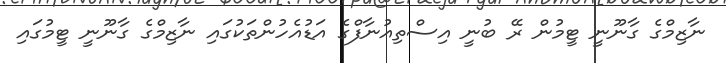
ނާޒިމްގެ ގާނޫނީ ޓީމުން ރޭ ބުނީ އިސްތިއުނާފްގެ އަޑުއެހުންތަކުގައި ނާޒިމްގެ ގާނޫނީ ޓީމުގައި